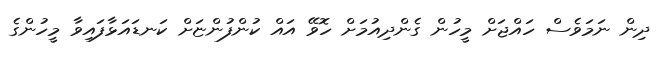
ދިން ނަމަވެސް ހައްޖަށް މީހުން ގެންދިއުމަށް ހޮވޭ އައް ކުންފުންޏަށް ކަނޑައަޅާފައިވާ މީހުންގެ